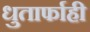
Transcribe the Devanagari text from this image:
धुतार्फाही